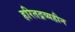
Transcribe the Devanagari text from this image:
हरितद्रव्यहीन